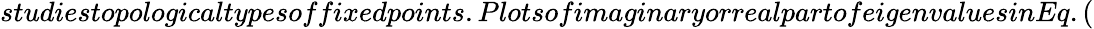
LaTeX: studiestopologicaltypesoffixedpoints.PlotsofimaginaryorrealpartofeigenvaluesinEq.(